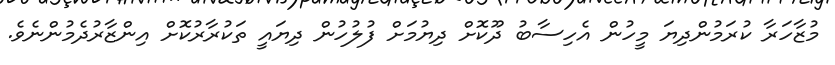
މުޒާހަރާ ކުރަމުންދިޔަ މީހުން އެހިސާބު ދޫކޮށް ދިޔުމަށް ފުލުހުން ދިޔައީ ތަކުރާރުކޮށް އިންޒާރުދެމުންނެވެ.